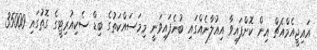
އައިޖީއެމްއެޗް އިން ކޮށްފައިވާ އިއުލާނެއްގައި ބުނެފައިވަނީ މިމަސައްކަތުގެ ބިޑް ސެކިއުރިޓީގެ ގޮތުގައި 35000